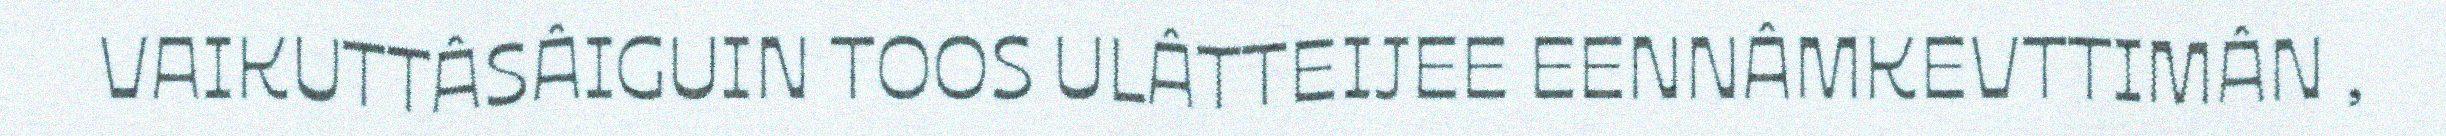
VAIKUTTÂSÂIGUIN TOOS ULÂTTEIJEE EENNÂMKEVTTIMÂN ,